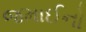
જમાઈનો